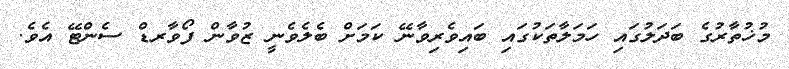
މުޚުތާރުގެ ބަދަލުގައި ހަމަލާތަކުގައި ބައިވެރިވާނޭ ކަމަށް ބެލެވެނީ ޒުވާން ފޯވާރޑް ސެންޓޭ އެވެ.